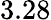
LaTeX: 3.28